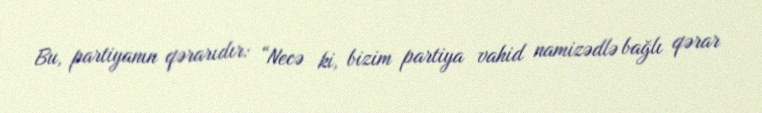
Bu, partiyanın qərarıdır: “Necə ki, bizim partiya vahid namizədlə bağlı qərar